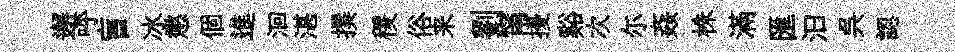
邂呼盲冰懲個進洄湛撰稷俗来劉甯擾谿次尓姦株滿匯汩呉認